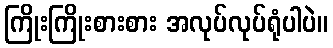
ကြိုးကြိုးစားစား အလုပ်လုပ်ရုံပါပဲ။